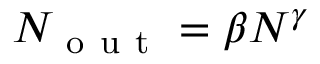
N _ { \mathrm { ~ o ~ u ~ t ~ } } = \beta N ^ { \gamma }